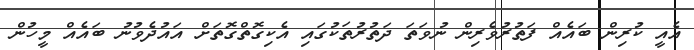
އެއީ ކުރިން ބައެއް ފަތުރުވެރިން ނުވަތަ ދަތުރުތަކުގައި އެކިގޮތްގޮތަށް އައުދެވުނު ބައެއް މީހުން